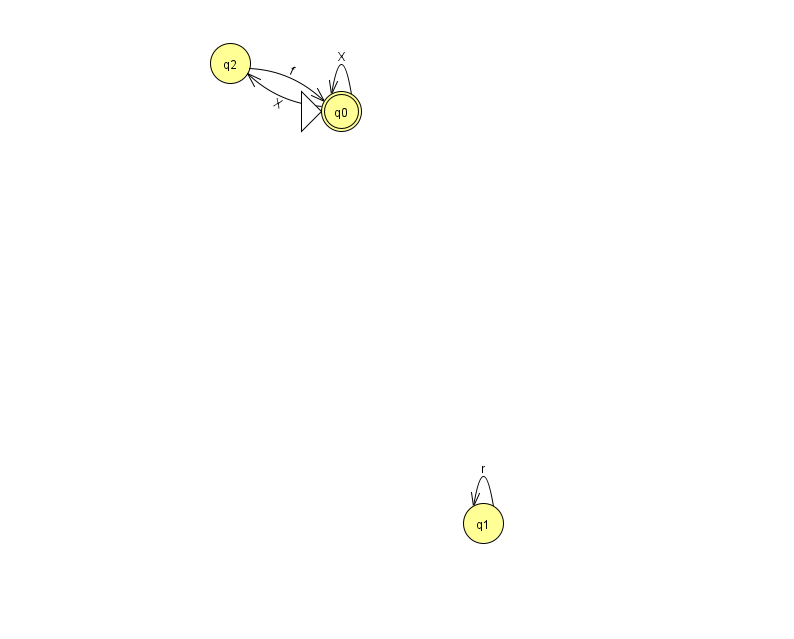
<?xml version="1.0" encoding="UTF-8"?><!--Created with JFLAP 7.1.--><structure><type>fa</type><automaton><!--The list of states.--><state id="0" name="q0"><x>341.0</x><y>98.0</y><initial/><final/></state><state id="1" name="q1"><x>483.0</x><y>510.0</y></state><state id="2" name="q2"><x>230.0</x><y>50.0</y></state><!--The list of transitions.--><transition><from>1</from><to>1</to><read>r</read></transition><transition><from>0</from><to>2</to><read>X</read></transition><transition><from>0</from><to>0</to><read>X</read></transition><transition><from>2</from><to>0</to><read>f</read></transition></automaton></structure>